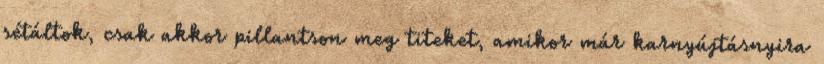
sétáltok, csak akkor pillantson meg titeket, amikor már karnyújtásnyira